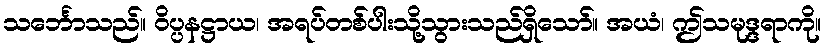
သင်္ဘောသည်။ ဝိပ္ပနဋ္ဌာယ၊ အရပ်တစ်ပါးသို့သွားသည်ရှိသော်။ အယံ၊ ဤသမုဒ္ဒရာကို။